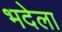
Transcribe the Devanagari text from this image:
भदेला